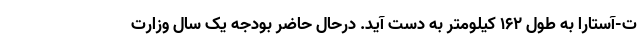
ت-آستارا به طول ١۶٢ کیلومتر به دست آید. درحال حاضر بودجه یک سال وزارت